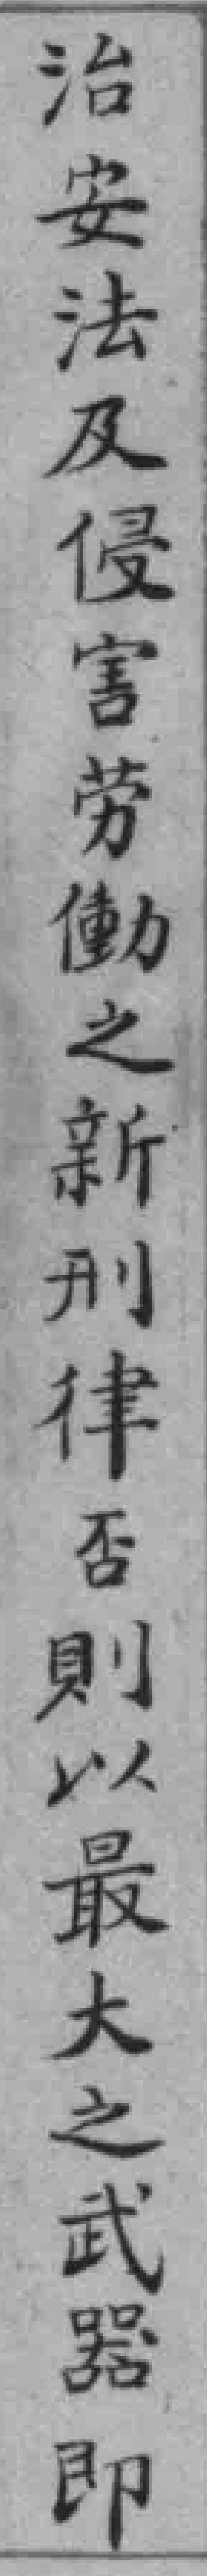
治安法及侵害劳働之新刑律否則以最大之武器即